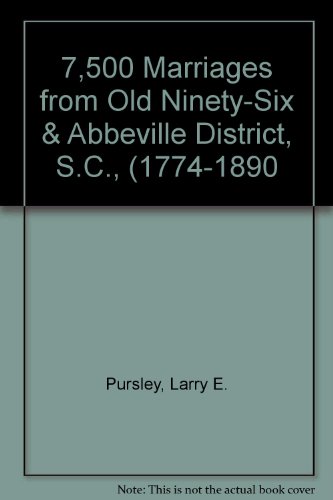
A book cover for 7,500 Marriages from Old Ninety-Six & Abbeville District, S.C., (1774-1890; Larry E. Pursley; Law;